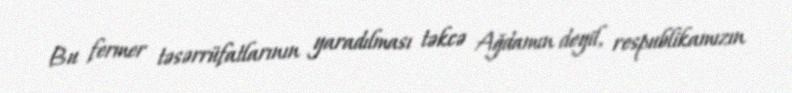
Bu fermer təsərrüfatlarının yaradılması təkcə Ağdamın deyil, respublikamızın